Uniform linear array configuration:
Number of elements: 48
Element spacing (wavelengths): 0.75
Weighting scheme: hann
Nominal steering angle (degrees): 45
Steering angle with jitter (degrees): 46.9
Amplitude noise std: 0.05
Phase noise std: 0.05

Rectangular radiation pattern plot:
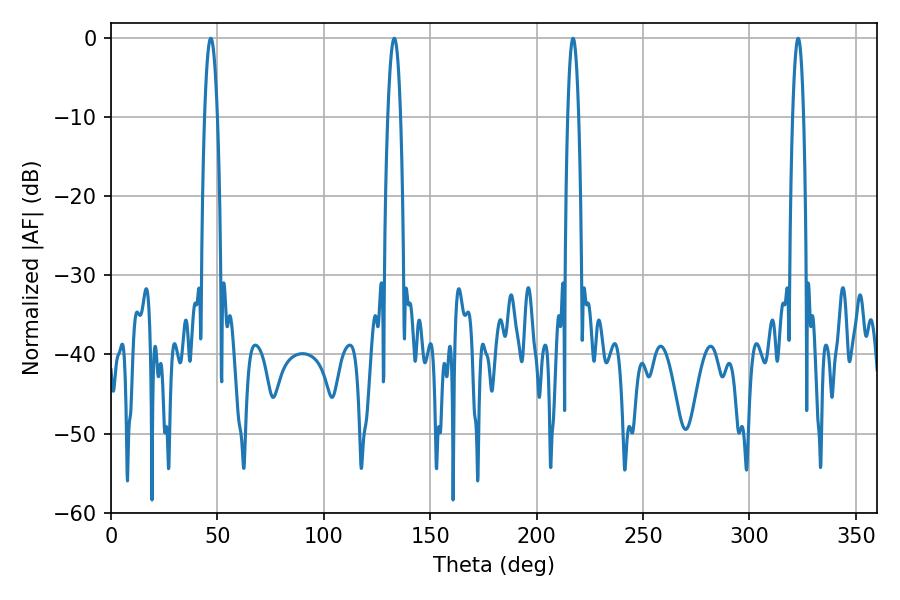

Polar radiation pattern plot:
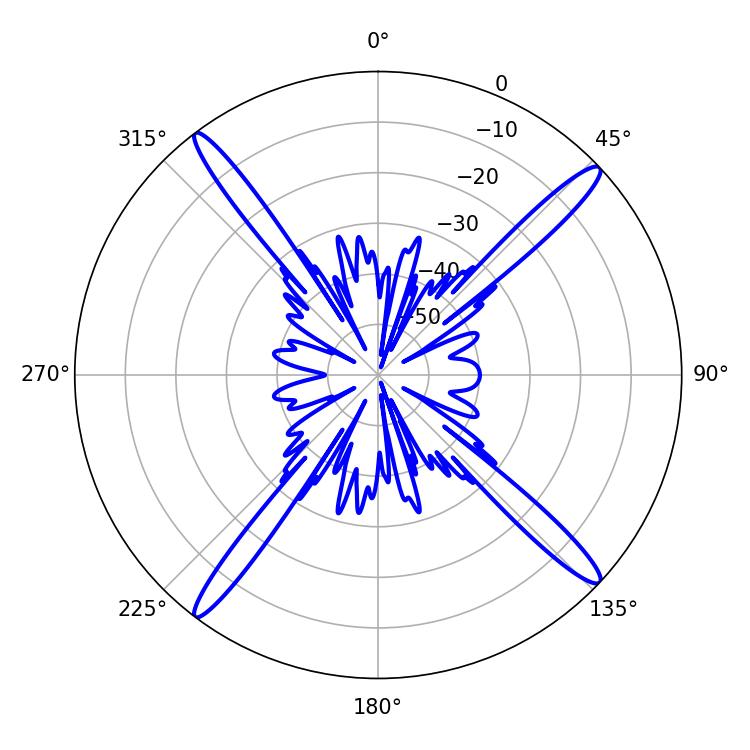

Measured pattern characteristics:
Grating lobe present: TRUE
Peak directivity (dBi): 18.712
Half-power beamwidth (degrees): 2.7
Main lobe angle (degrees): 217.08